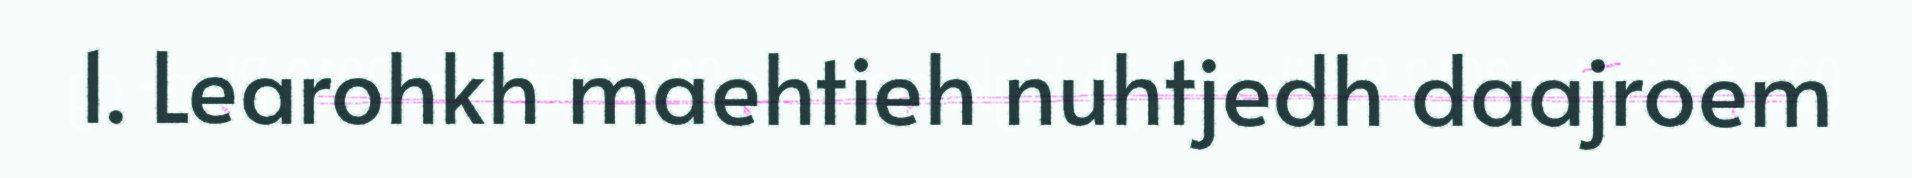
1. Learohkh maehtieh nuhtjedh daajroem